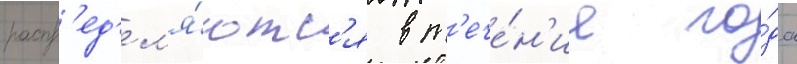
распр'ед'ел'я́ютс'я в т'ече́н'ие го́да